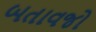
બતાવજો